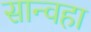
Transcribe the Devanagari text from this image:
सान्वहा